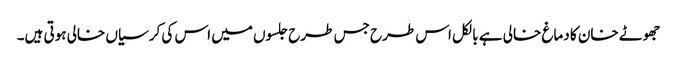
جھوٹے خان کا دماغ خالی ہے بالکل اس طرح جس طرح جلسوں میں اس کی کرسیاں خالی ہوتی ہیں۔